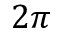
2 \pi